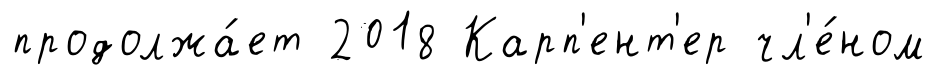
продолжа́ет 2018 Карп'ент'ер чл'е́ном